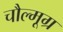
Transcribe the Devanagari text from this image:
चौल्मूग्र